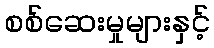
စစ်ဆေးမှုများနှင့်